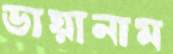
ডায়ানাম